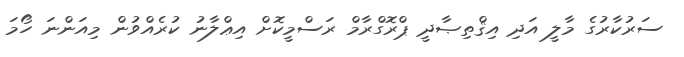
ސަރުކާރުގެ މާލީ އަދި އިޤްތިޞާދީ ޕްރޮގްރާމް ރަސްމީކޮށް އިޢްލާނު ކުރެއްވުން މިއަންނަ ހޯމަ